Civil Veterinary Dept. Bombay admin report 1923-31 - 1923-1931
Year: 1923
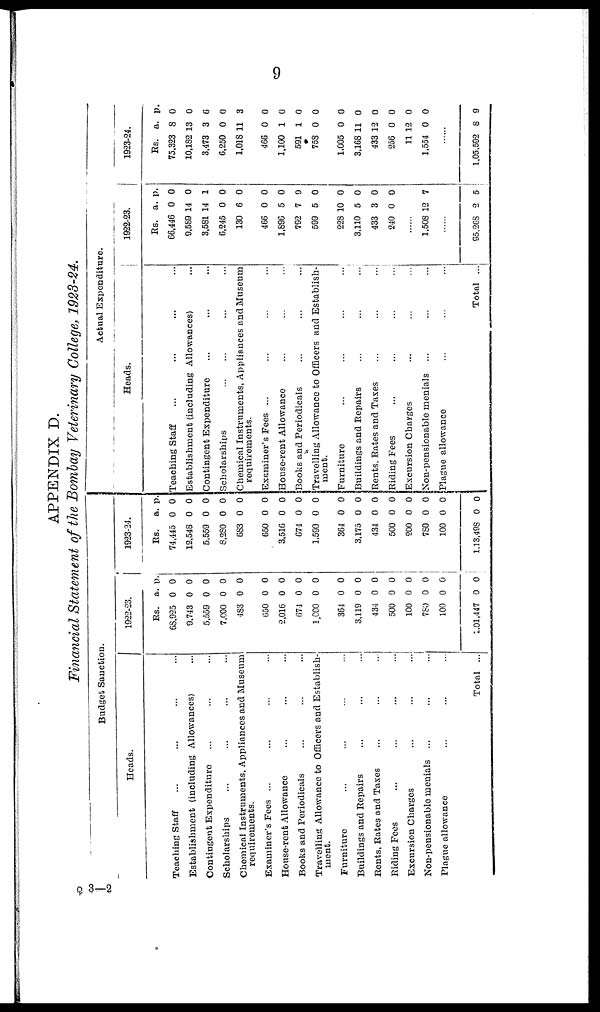
9
APPENDIX D.
Financial Statement of the Bombay Veterinary College, 1923-24.
Budget Sanction.
Heads.
Teaching Staff ... ... ...
Establishment (including Allowances) ...
Contingent Expenditure ... ... ...
Scholarships ... ... ... ...
Chemical Instruments, Appliances and Museum
requirements.
Examiner's Fees ... ... ... ...
House-rent Allowance ... ... ...
Books and Periodicals ... ... ...
Travelling Allowance to Officers and Establish-
ment.
Furniture ... ... ... ...
Buildings and Repairs ... ... ...
Bents, Bates and Taxes ... ... ...
Biding Fees ... ... ... ...
Excursion Charges ... ... ...
Non-pensionable menials ... ... ...
Plague allowance ... ... ...
Total ...
1922-23.
Rs.
68,925
9,743
5,559
7,000
483
650
2,016
674
1,000
364
3,119
434
500
100
780
100
1,01,447
a.
0
0
0
0
0
0
0
0
0
0
0
0
0
0
0
0
0
p.
0
0
0
0
0
0
0
0
0
0
0
0
0
0
0
0
0
1923-24.
Rs.
74,445
12,548
5,559
8,280
683
650
3,516
674
1,590
364
3,175
434
500
200
780
100
1,13,498
a.
0
0
0
0
0
0
0
0
0
0
0
0
0
0
0
0
0
p.
0
0
0
0
0
0
0
0
0
0
0
0
0
0
0
0
0
Actual Expenditure.
Heads.
Teaching Staff ... ... ... ...
Establishment (including Allowances) ...
Contingent Expenditure ... ... ...
Scholarships ... ... ... ...
Chemical Instruments, Appliances and Museum
requirements.
Examiner's Fees ... ... ... ...
House-rent Allowance ... ... ...
Books and Periodicals ... ... ...
Travelling Allowance to Officers and Establish-
ment.
Furniture ... ... ... ...
Buildings and Repairs ... ... ...
Bents, Bates and Taxes ... ... ...
Biding Fees ... ... ... ...
Excursion Charges ... ... ...
Non-pensionable menials ... ... ...
Plague allowance ... ... ...
Total ...
1922-23.
Rs.
66,446
9,589
3,581
6,245
130
466
1,896
792
599
228
3,110
433
240
......
1,508
......
95,268
a.
0
14
14
0
6
0
5
7
5
10
5
3
0
12
2
p.
0
0
1
0
0
0
0
9
0
0
0
0
0
7
5
1923-24.
Rs.
75,323
10,182
3,473
6,250
1,018
466
1,100
591
758
1,005
3,168
433
256
11 1
1,554
......
1,05,592
a.
8
13
3
0
11
0
1
1
0
0
1
2
0
2
0
8
p.
0
0
6
0
3
0
0
0
0
0
0
0
0
0
0
9
Q 3—2